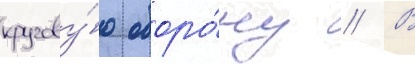
кругову́ю оборо́ну // В